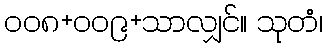
၀၀၈+၀၀၉+သာလျှင်။ သုတံ၊